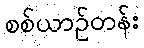
စစ်ယာဉ်တန်း